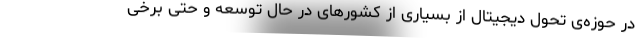
در حوزه‌ی تحول دیجیتال از بسیاری از کشورهای در حال توسعه و حتی برخی